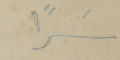
سَراً